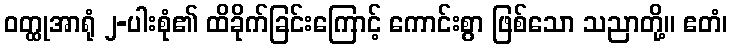
ဝတ္ထုအာရုံ ၂-ပါးစုံ၏ ထိခိုက်ခြင်းကြောင့် ကောင်းစွာ ဖြစ်သော သညာတို့။ ဧတံ၊